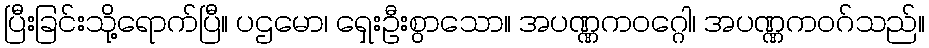
ပြီးခြင်းသို့ရောက်ပြီ။ ပဌမော၊ ရှေးဦးစွာသော။ အပဏ္ဏကဝဂ္ဂေါ၊ အပဏ္ဏကဝဂ်သည်။